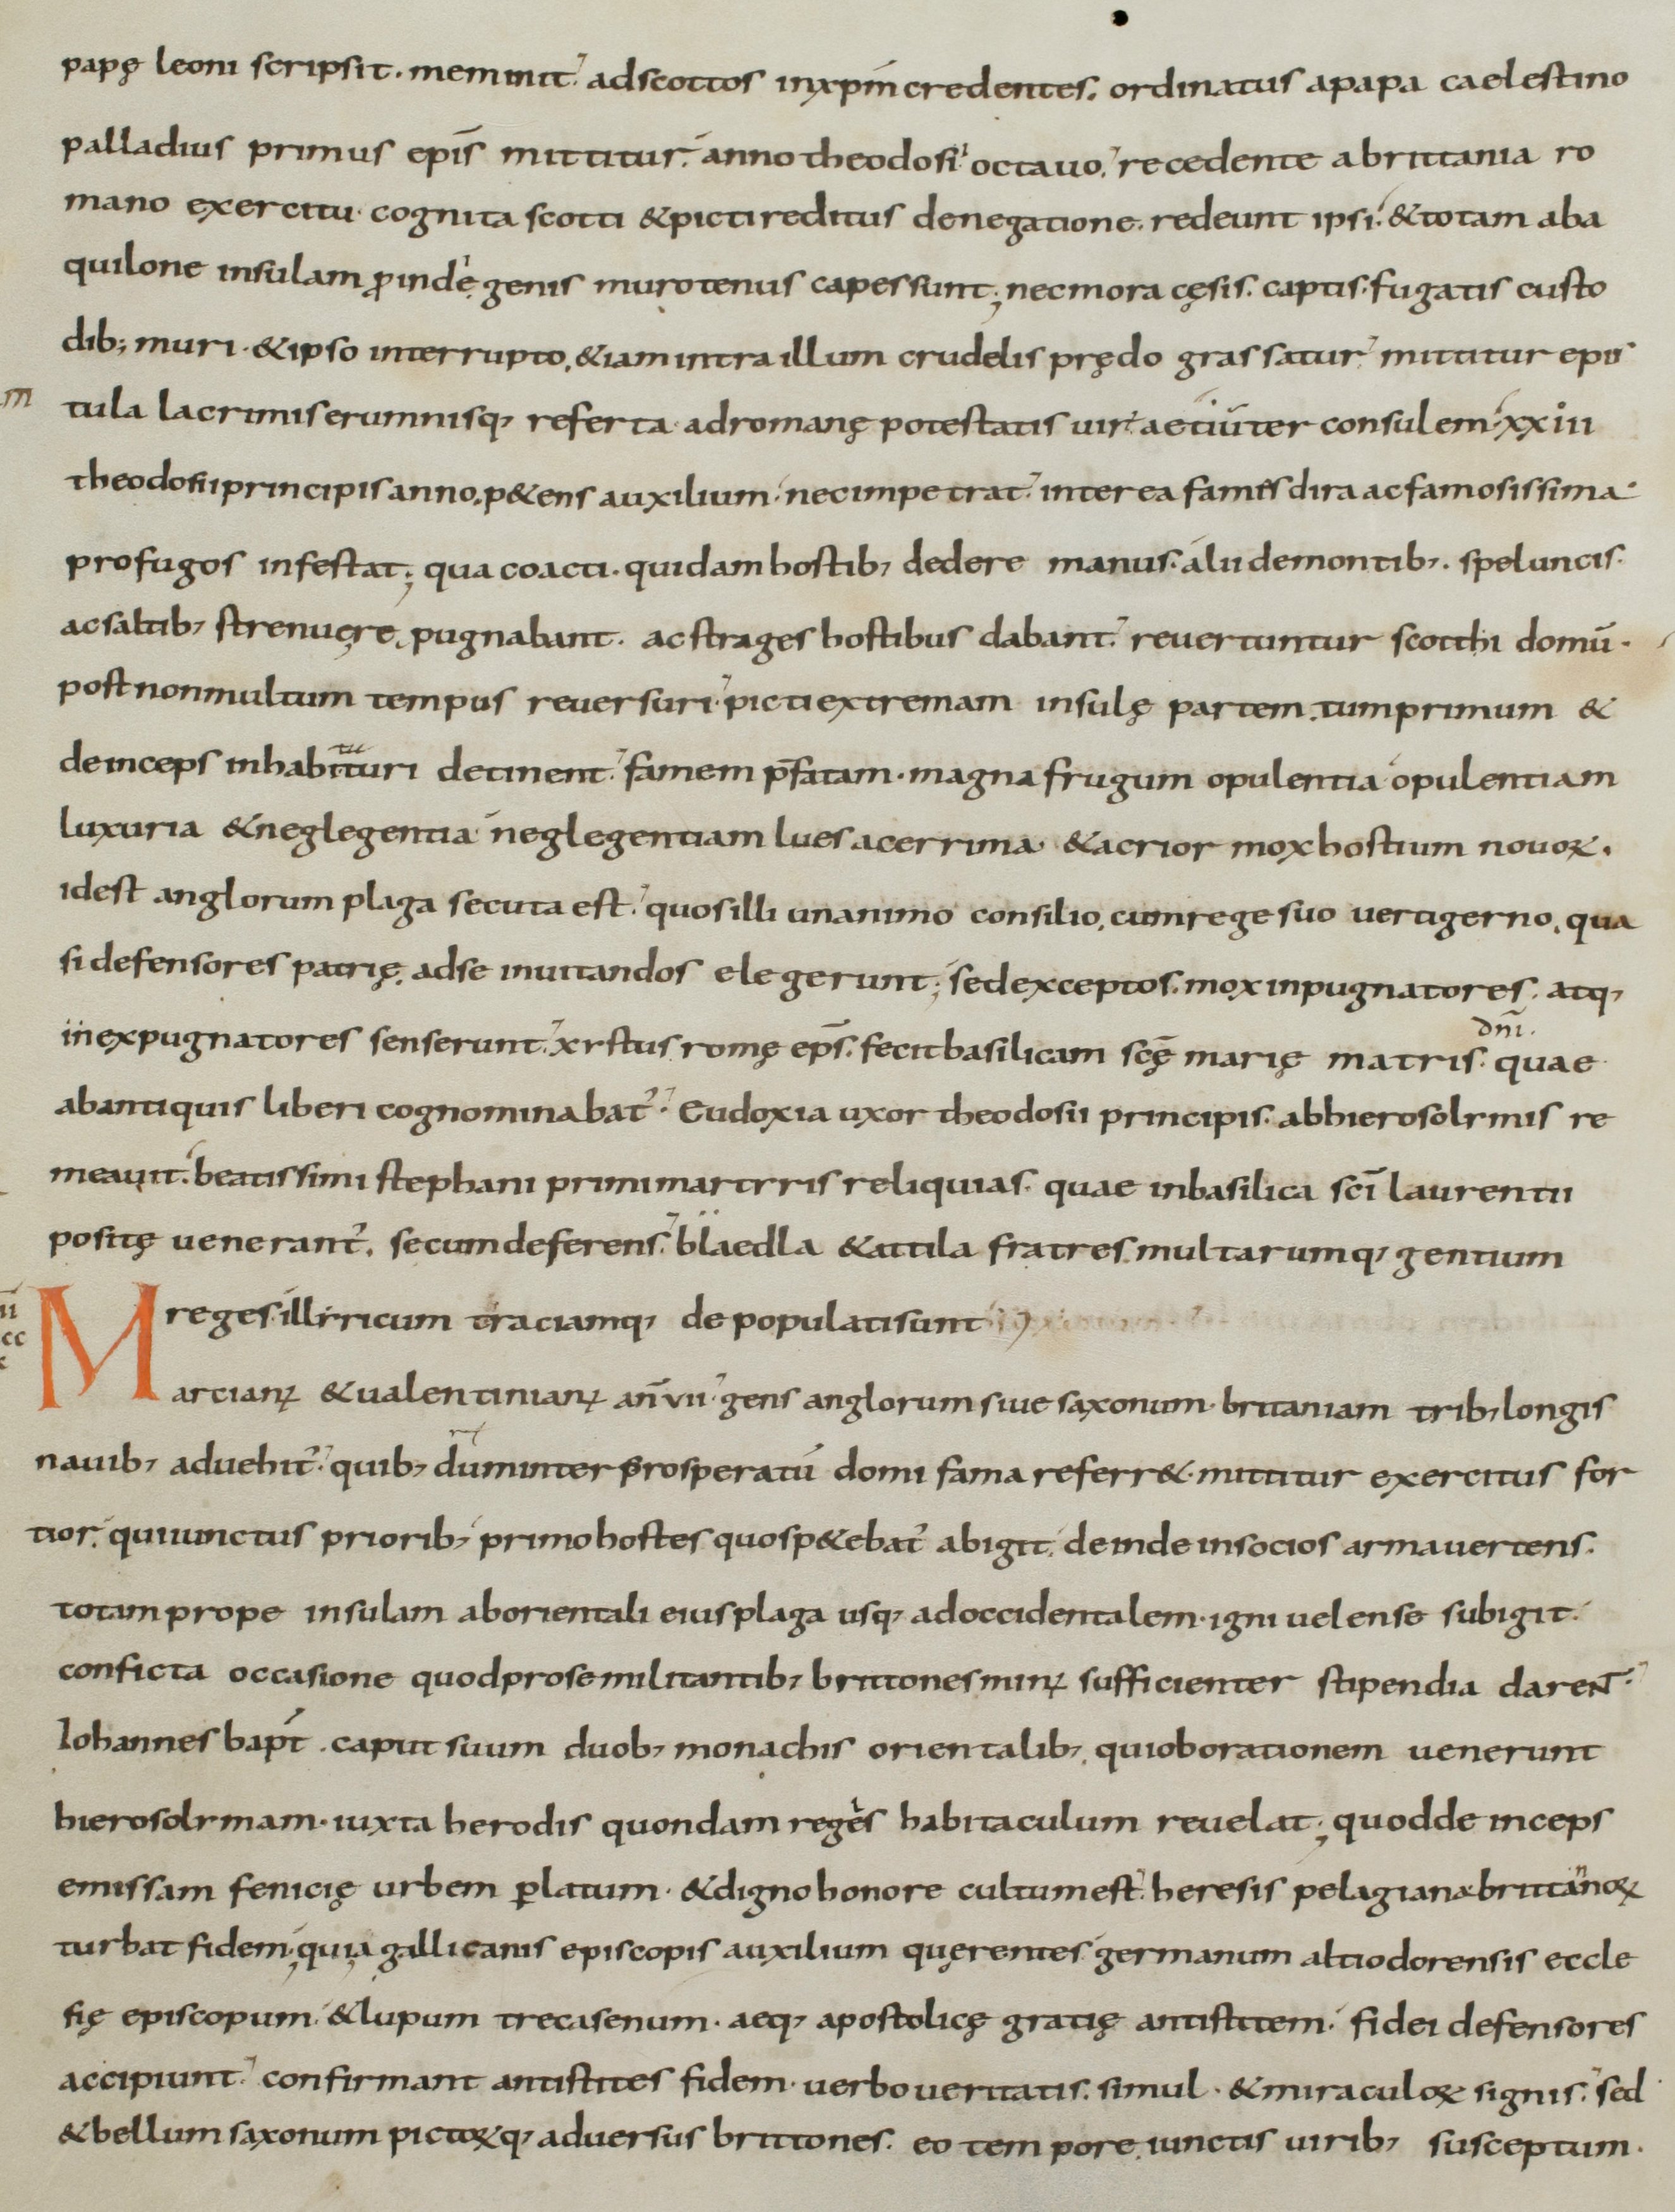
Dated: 800–899